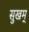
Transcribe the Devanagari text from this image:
सुखम्